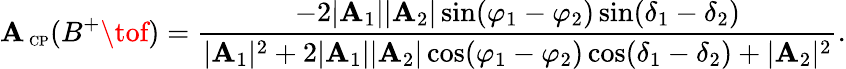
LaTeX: {\cal\mathbf{A}}_{\mathrm{{{\scriptsize~CP}}}}(B^{+}\tof)=\frac{{-2|\mathbf{A}_{1}||\mathbf{A}_{2}|\sin(\varphi_{1}-\varphi_{2})\sin(\delta_{1}-\delta_{2})}}{{|\mathbf{A}_{1}|^{2}+2|\mathbf{A}_{1}||\mathbf{A}_{2}|\cos(\varphi_{1}-\varphi_{2})\cos(\delta_{1}-\delta_{2})+|\mathbf{A}_{2}|^{2}}}.